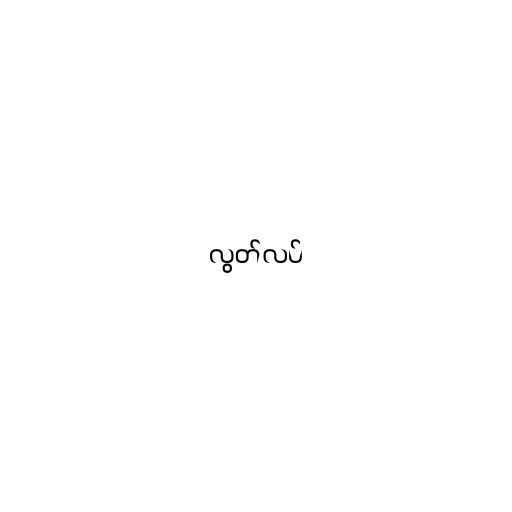
လွတ်လပ်